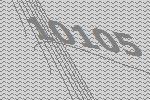
10105